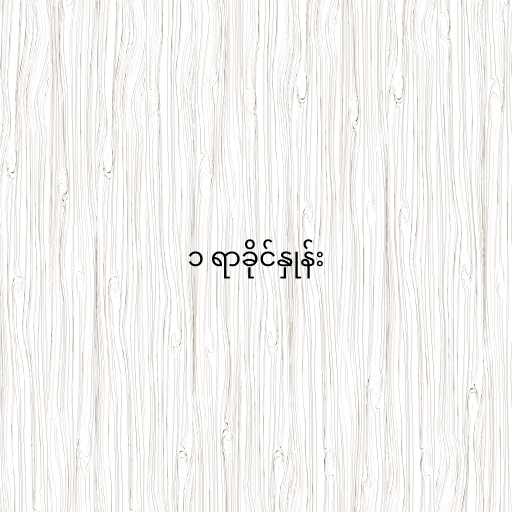
၁ ရာခိုင်နှုန်း